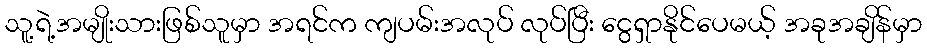
သူ့ရဲ့အမျိုးသားဖြစ်သူမှာ အရင်က ကျပမ်းအလုပ် လုပ်ပြီး ငွေရှာနိုင်ပေမယ့် အခုအချိန်မှာ